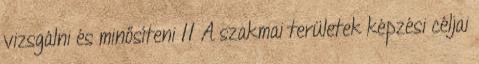
vizsgálni és minősíteni 11 A szakmai területek képzési céljai